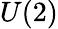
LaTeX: U(2)